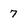
Character: 7